Report of the Municipal Commissioner on the plague in Bombay for the year ending 31st May... - Volume 2
Disease focus: Plague
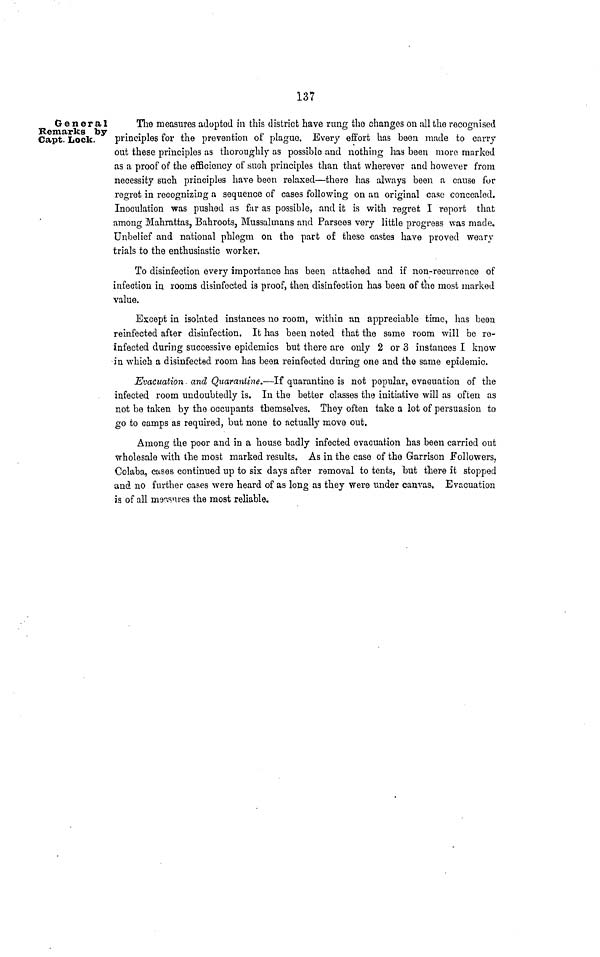
137
General
Remarks by
Capt. Lock.
The measures adopted in this district have rung the changes on all the recognised
principles for the prevention of plague, Every effort has been made to carry
out these principles as thoroughly as possible and nothing has been raoro marked
as a proof of the efficiency of such principles than that wherever and however from
necessity such principles have been relaxed—there has always been a cause for
regret in recognizing a sequence of cases following on an original case concealed.
Inoculation was pushed as far as possible, and it is with regret I report that
among Mahrattas, Bahroots, Mussaltnans and Parsees very little progress was made.
Unbelief and national phlegm on the parb of these castes have proved weary
trials to the enthusiastic worker.
To disinfection every importance has been attached and if non-recurrence of
infection in rooms disinfected is proof, then disinfection has been of the most marked
value.
Except in isolated instances no room, within an appreciable time, has been
reinfected after disinfection. It has been noted that the same room will be re-
infected during successive epidemics but there are only 2 or 3 instances I know
in which a disinfected room has been reinfected during one and the same epidemic.
Evacuation and Quarantine.—If quarantine is not popular, evacuation of the
infected room undoubtedly is. In the better classes the initiative will as offcen as
not be taken by the occupants themselves. They often take a lot of persuasion to
go to camps as required, but none to actually move out.
Among the poor and in a house badly infected evacuation has been carried out
wholesale with the most marked results. As in the case of the Garrison Followers,
Colaba, cases continued up to six days after removal to tents, but there it stopped
and no further cases were heard of as long as they were under canvas. Evacuation
is of all ms^nves the most reliable.